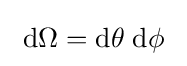
\ \mathrm {d} \Omega =\mathrm {d} \theta \;\mathrm {d} \phi \